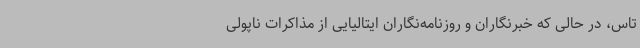
تاس، در حالی که خبرنگاران و روزنامه‌نگاران ایتالیایی از مذاکرات ناپولی